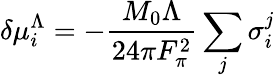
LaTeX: \delta\mu_{i}^{\Lambda}=-{\frac{M_{0}\Lambda}{24\pi F_{\pi}^{2}}}\sum_{j}\sigma_{i}^{j}